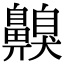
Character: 齅